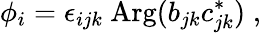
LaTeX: \phi_{i}=\epsilon_{ijk}~\mathrm{Arg}(b_{jk}c_{jk}^{*})\; ,